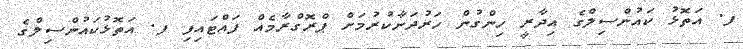
ފ. އަތޮޅު ކައުންސިލްގެ އިދާރީ ހިންގުން ހަރުދަނާކުރުމަށް ޕްރޮގްރާމެއް ފައްޓައިފި ފ. އަތޮޅުކައުންސިލްގެ